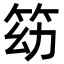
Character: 𥬓